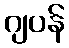
ဂျပန်